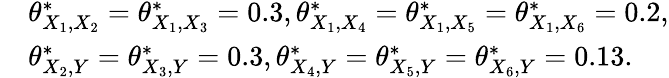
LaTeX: \begin{array}{rl}&{\theta_{X_{1},X_{2}}^{*}=\theta_{X_{1},X_{3}}^{*}=0.3,\theta_{X_{1},X_{4}}^{*}=\theta_{X_{1},X_{5}}^{*}=\theta_{X_{1},X_{6}}^{*}=0.2,}\\ &{\theta_{X_{2},Y}^{*}=\theta_{X_{3},Y}^{*}=0.3,\theta_{X_{4},Y}^{*}=\theta_{X_{5},Y}^{*}=\theta_{X_{6},Y}^{*}=0.13.}\end{array}